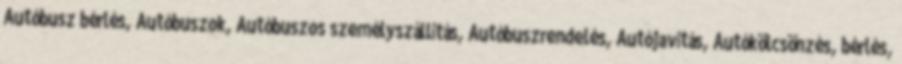
Autóbusz bérlés, Autóbuszok, Autóbuszos személyszállítás, Autóbuszrendelés, Autójavítás, Autókölcsönzés, bérlés,